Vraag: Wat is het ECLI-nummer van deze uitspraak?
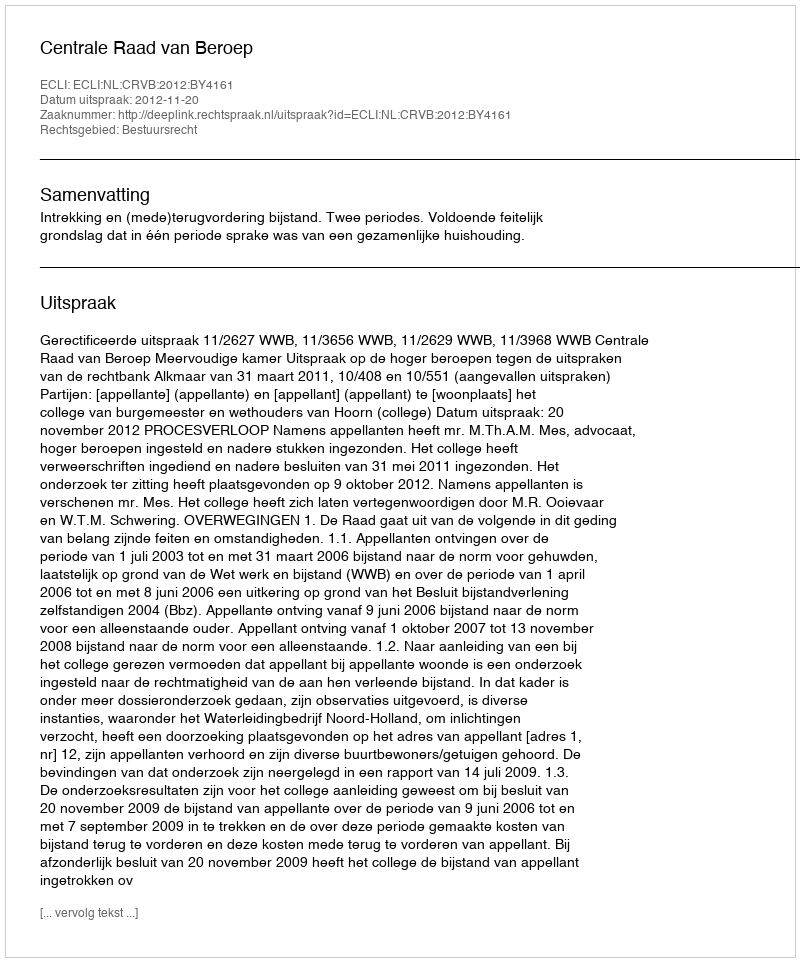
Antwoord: ECLI:NL:CRVB:2012:BY4161